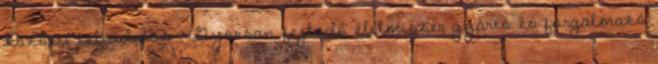
közötti céltudatos . Gyorsan fejlodő élelmiszer gyártó és forgalmazó